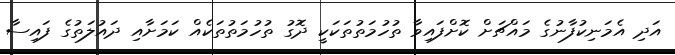
އަދި އެމަނިކުފާނުގެ މައްޗަށް ކޮށްފައިވާ ތުހުމަތުތަކަކީ ދޮގު ތުހުމަތުތަކެއް ކަމަށާއި ދައުލަތުގެ ފައިސާ